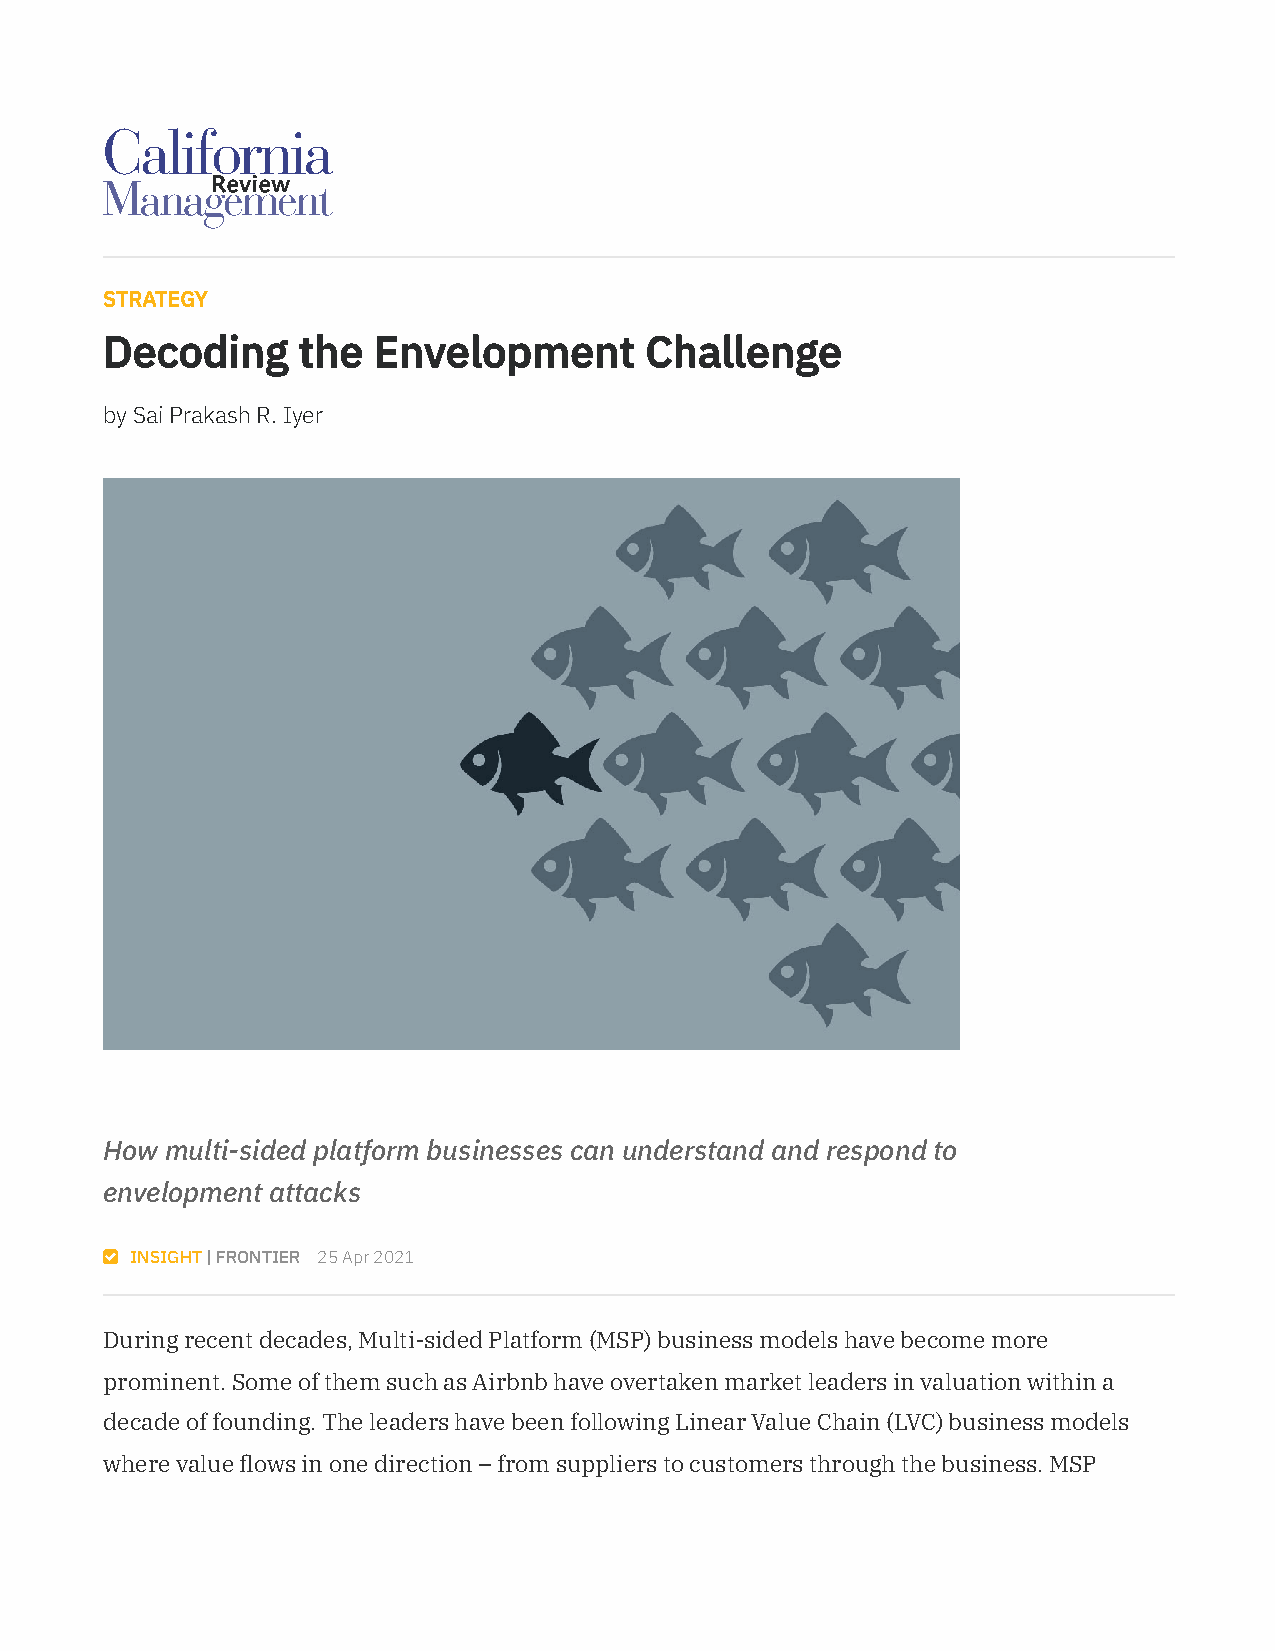
STRATEGY
 Decoding     the  Envelopment       Challenge
 by Sai Prakash R. Iyer
 How multi-sided platform businesses can understand and respond to
 envelopment attacks
  INSIGHT | FRONTIER 25 Apr 2021
 During recent decades, Multi-sided Platform (MSP) business models have become more
 prominent. Some of them such as Airbnb have overtaken market leaders in valuation within a
 decade of founding. The leaders have been following Linear Value Chain (LVC) business models
 where value ows in one direction – from suppliers to customers through the business. MSP